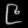
Digit: ၉